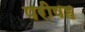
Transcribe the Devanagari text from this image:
परीषह